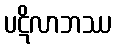
ပဋိလာဘဿ